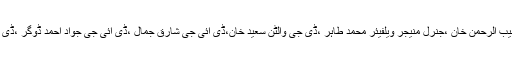
تقریب میں چیف ایگزیکٹو آفیسر ریلویز محمد آفتاب اکبر ،آئی جی ریلویز ڈاکٹر مجیب الرحمن خان ،جنرل منیجر ویلفیئر محمد طاہر ،ڈی جی والٹن سعید خان،ڈی آئی جی شارق جمال ،ڈی آئی جی جواد احمد ڈوگر ،ڈی آئی جی محمد سلیم کے علاوہ ریلوے اور پولیس کے سنیئر افسران نے شرکت کی۔